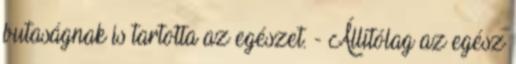
butaságnak is tartotta az egészet. - Állítólag az egész